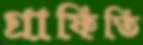
গ্রাফিতি